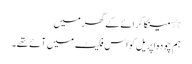
٭ مینکا کرائے کے گھر میں
ہم چودہ اپریل کو اس فلیٹ میں آئے تھے۔